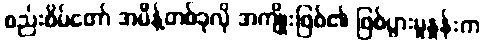
စည်းစိမ်တော် အမိန့်တစ်ခုလို အကျိုးဖြစ်၏ ဖြစ်ပွားမှုနှုန်းက